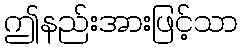
ဤနည်းအားဖြင့်သာ